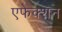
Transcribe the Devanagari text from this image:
एफेक्शन